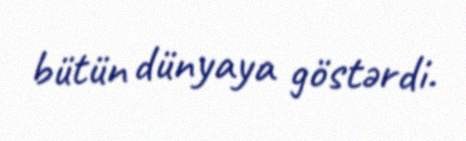
bütün dünyaya göstərdi.